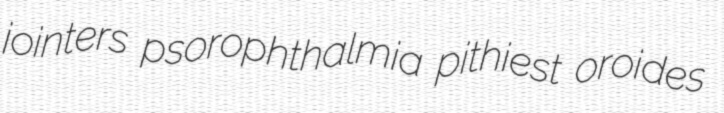
jointers psorophthalmia pithiest oroides